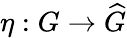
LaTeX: \eta:G\rightarrow{\widehat{G}}